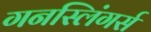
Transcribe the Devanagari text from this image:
गनस्लिंगर्स